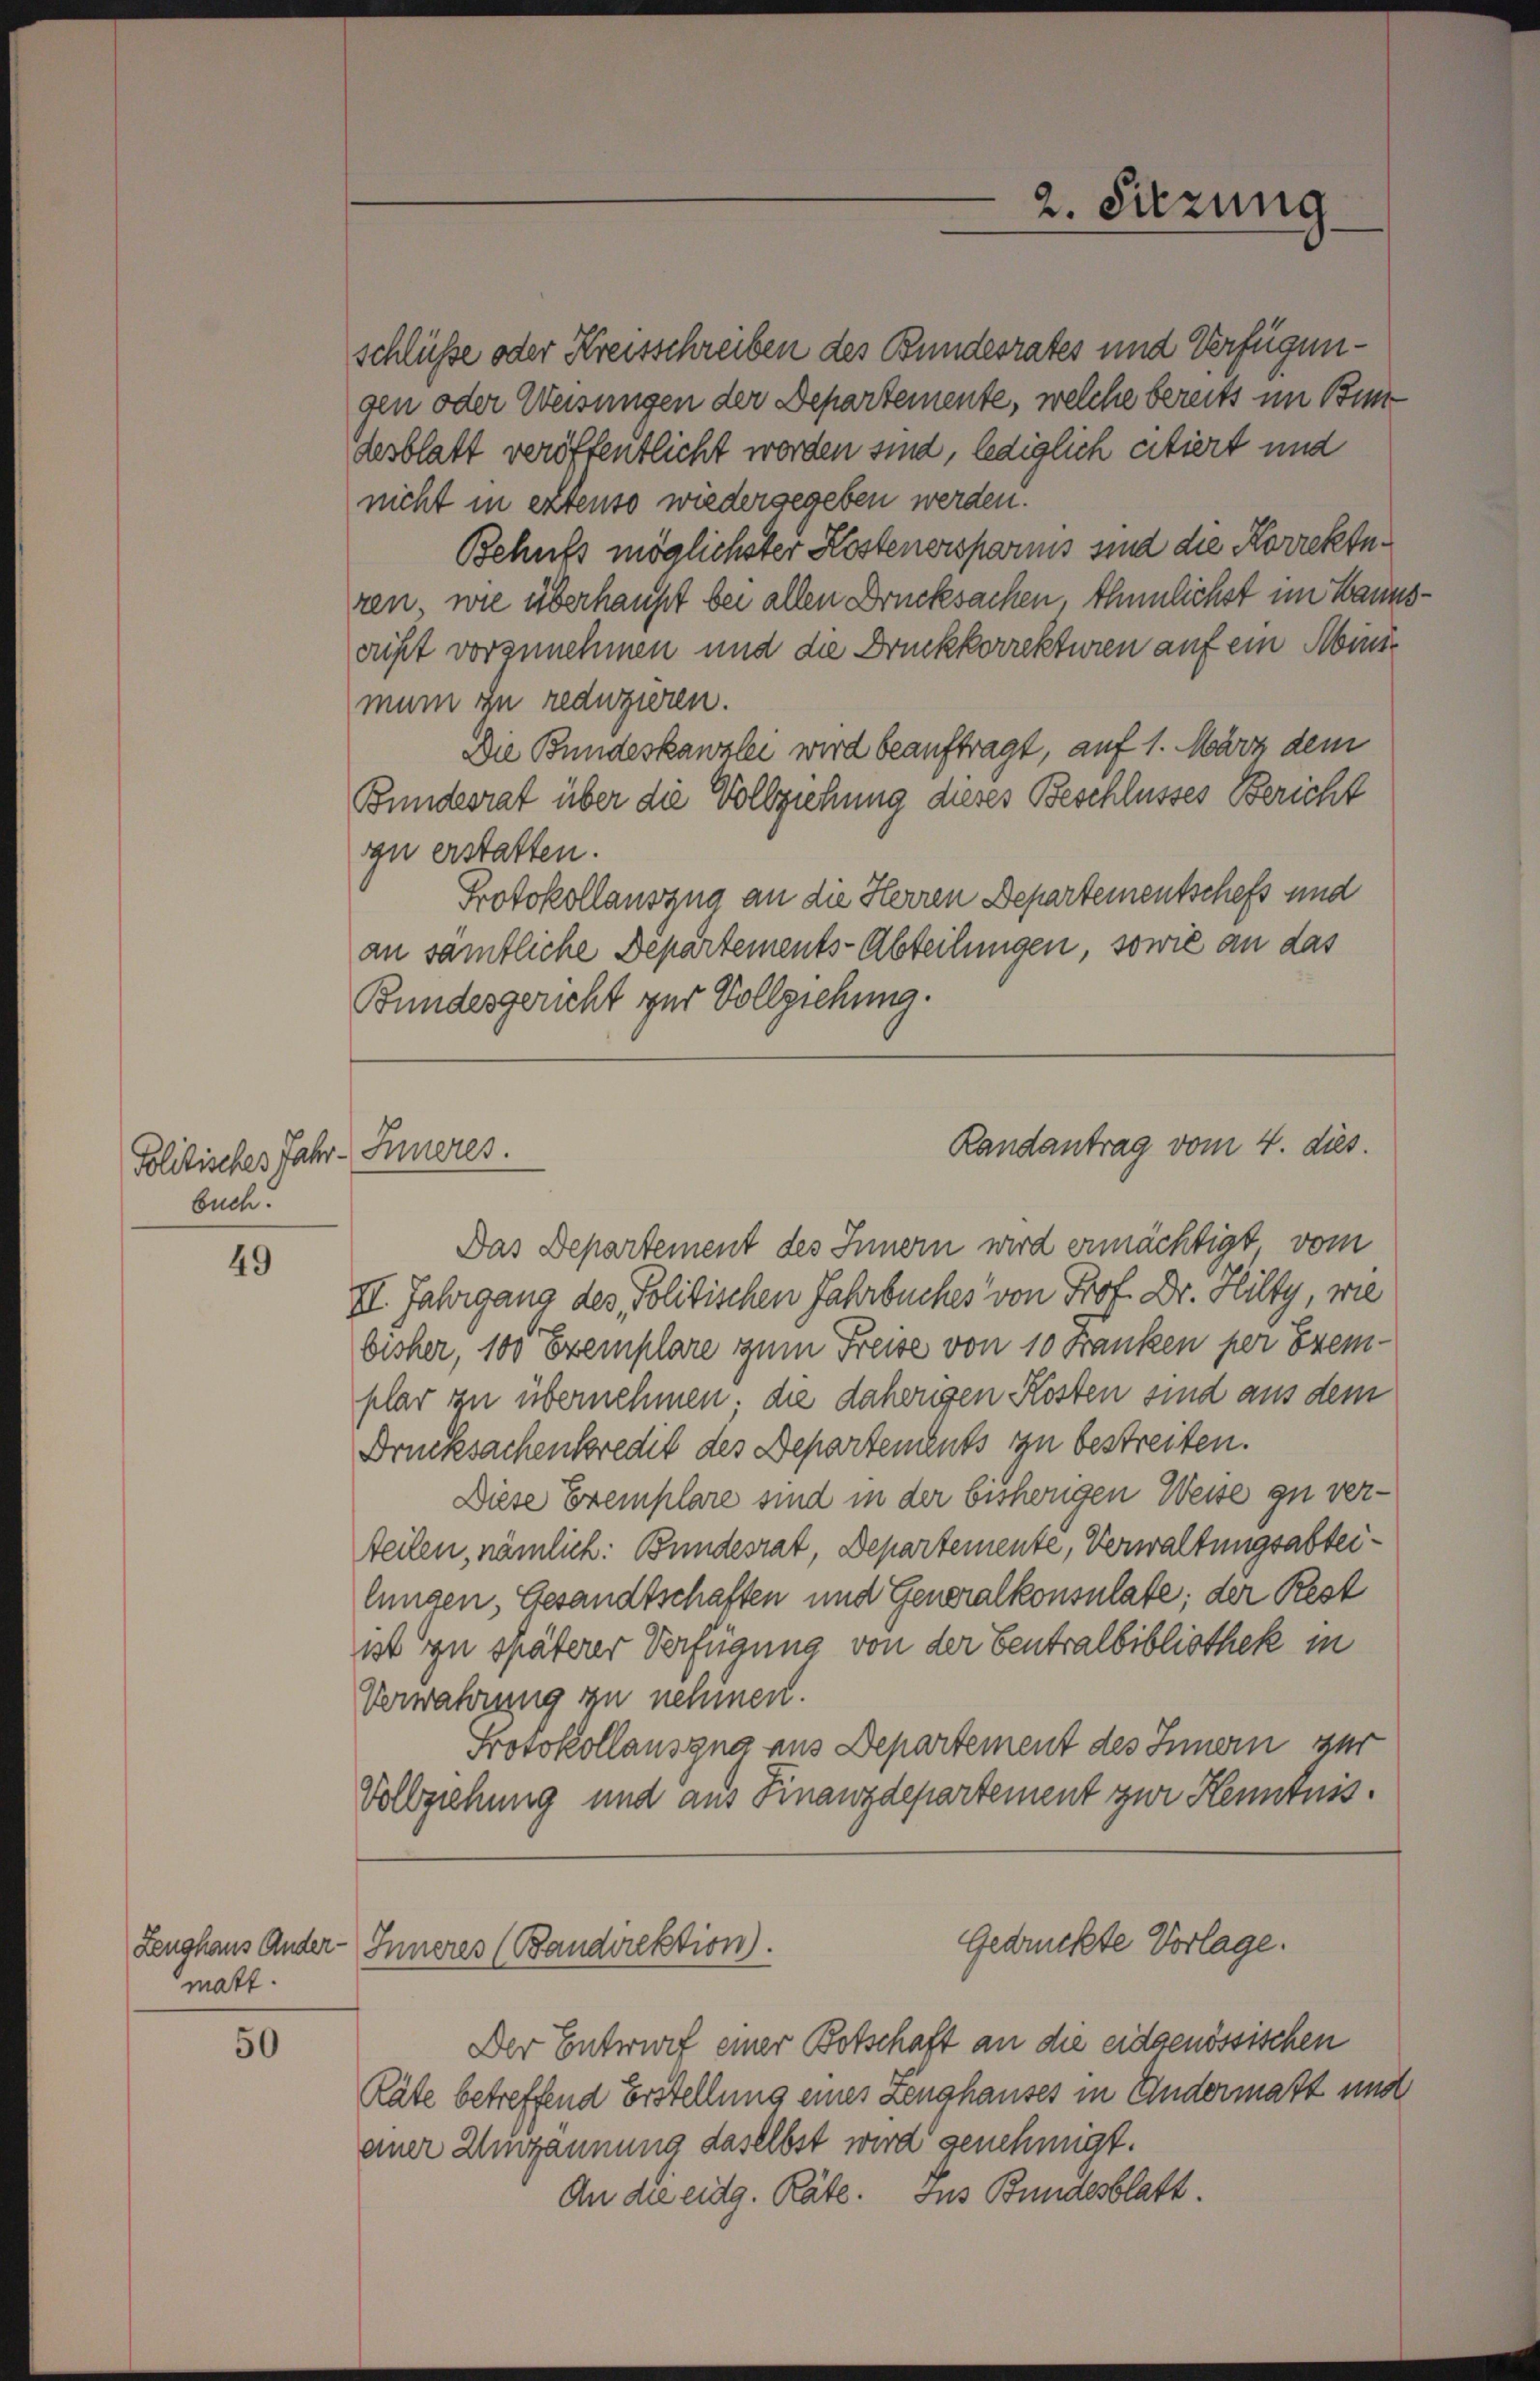
Politisches Jahr.
buch.

49

50

matt.

schlüsse oder Kreisschreiben des Bundesrates und Verfügungen oder Weisungen der Departemente, welche bereits im Bundesblatt veröffentlicht worden sind, lediglich citiert und
nicht in extenso wiedergegeben werden.
Behufs möglichster Kostenersparnis sind die Korrekturen, wie überhaupt bei allen Drucksachen Ehnnlichst im Bannsrift vorzunehmen und die Druckkorrekturen auf ein Minimum zu reduzieren.
Die Bundeskanzlei wird beauftragt, auf 1. März dem
Bundesrat über die Vollziehung dieses Beschlusses Bericht
zu erstatten.
Protokollauszug an die Herren Departementschefs und
an sämtliche Departements-Abteilungen, sowie an das
Bundesgericht zur Vollziehung.
Das Departement des Innern wird ermächtigt, vom
II. Jahrgang des Politischen Fahrbuches von Prof. Dr. Hilty, wie
bisher, 100 Exemplare zum Freise von 10 Franken per Exemplar zu übernehmen; die daherigen Kosten sind aus dem
Drucksachenkredit des Departements zu bestreiten.
Diese Exemplare sind in der bisherigen Weise zu verteilen, nämlich: Bundesrat, Departemente, Verwaltungsabteilungen, Gesandtschaften und Generalkonsulate; der Rest
ist zu späterer Verfügung von der Centralbibliothek in
Verwahrung zu nehmen.
Protokollauszug aus Departement des Innern zur
Vollziehung und aus Finanzdepartement zur Kenntnis.
Gedrückte Vorlage.
Zeughaus Ander- Inneres (Bandirektion).
Der Entwurf einer Botschaft an die eidgenössischen
Räte betreffend Erstellung eines Zeughauses in Andermaßt und
einer Umgannung daselbst wird genehmigt.
An die eidg. Räte. Ins Bundesblatt.

Inneres.

2. Sitzung

Randantrag vom 4. dies.